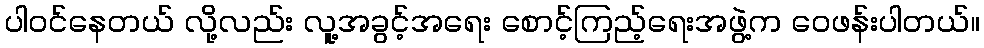
ပါဝင်နေတယ် လို့လည်း လူ့အခွင့်အရေး စောင့်ကြည့်ရေးအဖွဲ့က ဝေဖန်းပါတယ်။